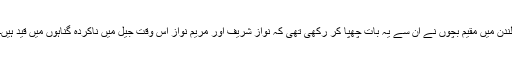
لندن میں مقیم بچوں نے ان سے یہ بات چھپا کر رکھی تھی کہ نواز شریف اور مریم نواز اس وقت جیل میں ناکردہ گناہوں میں قید ہیں۔